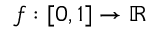
f : [ 0 , 1 ] \to \mathbb { R }